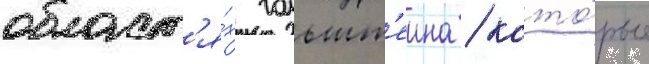
област'я́х гольшт'еина / кото́рые